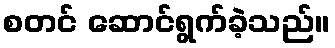
စတင် ဆောင်ရွက်ခဲ့သည်။